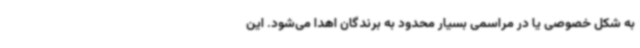
به شکل خصوصی یا در مراسمی بسیار محدود به برندگان اهدا می‌شود. این